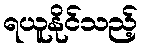
ရယူနိုင်သည့်